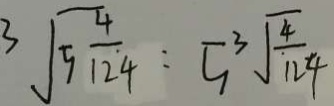
\sqrt [ 3 ] { 5 \frac { 4 } { 1 2 4 } } = 5 \sqrt [ 3 ] { \frac { 4 } { 1 2 4 } }